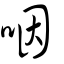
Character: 咽